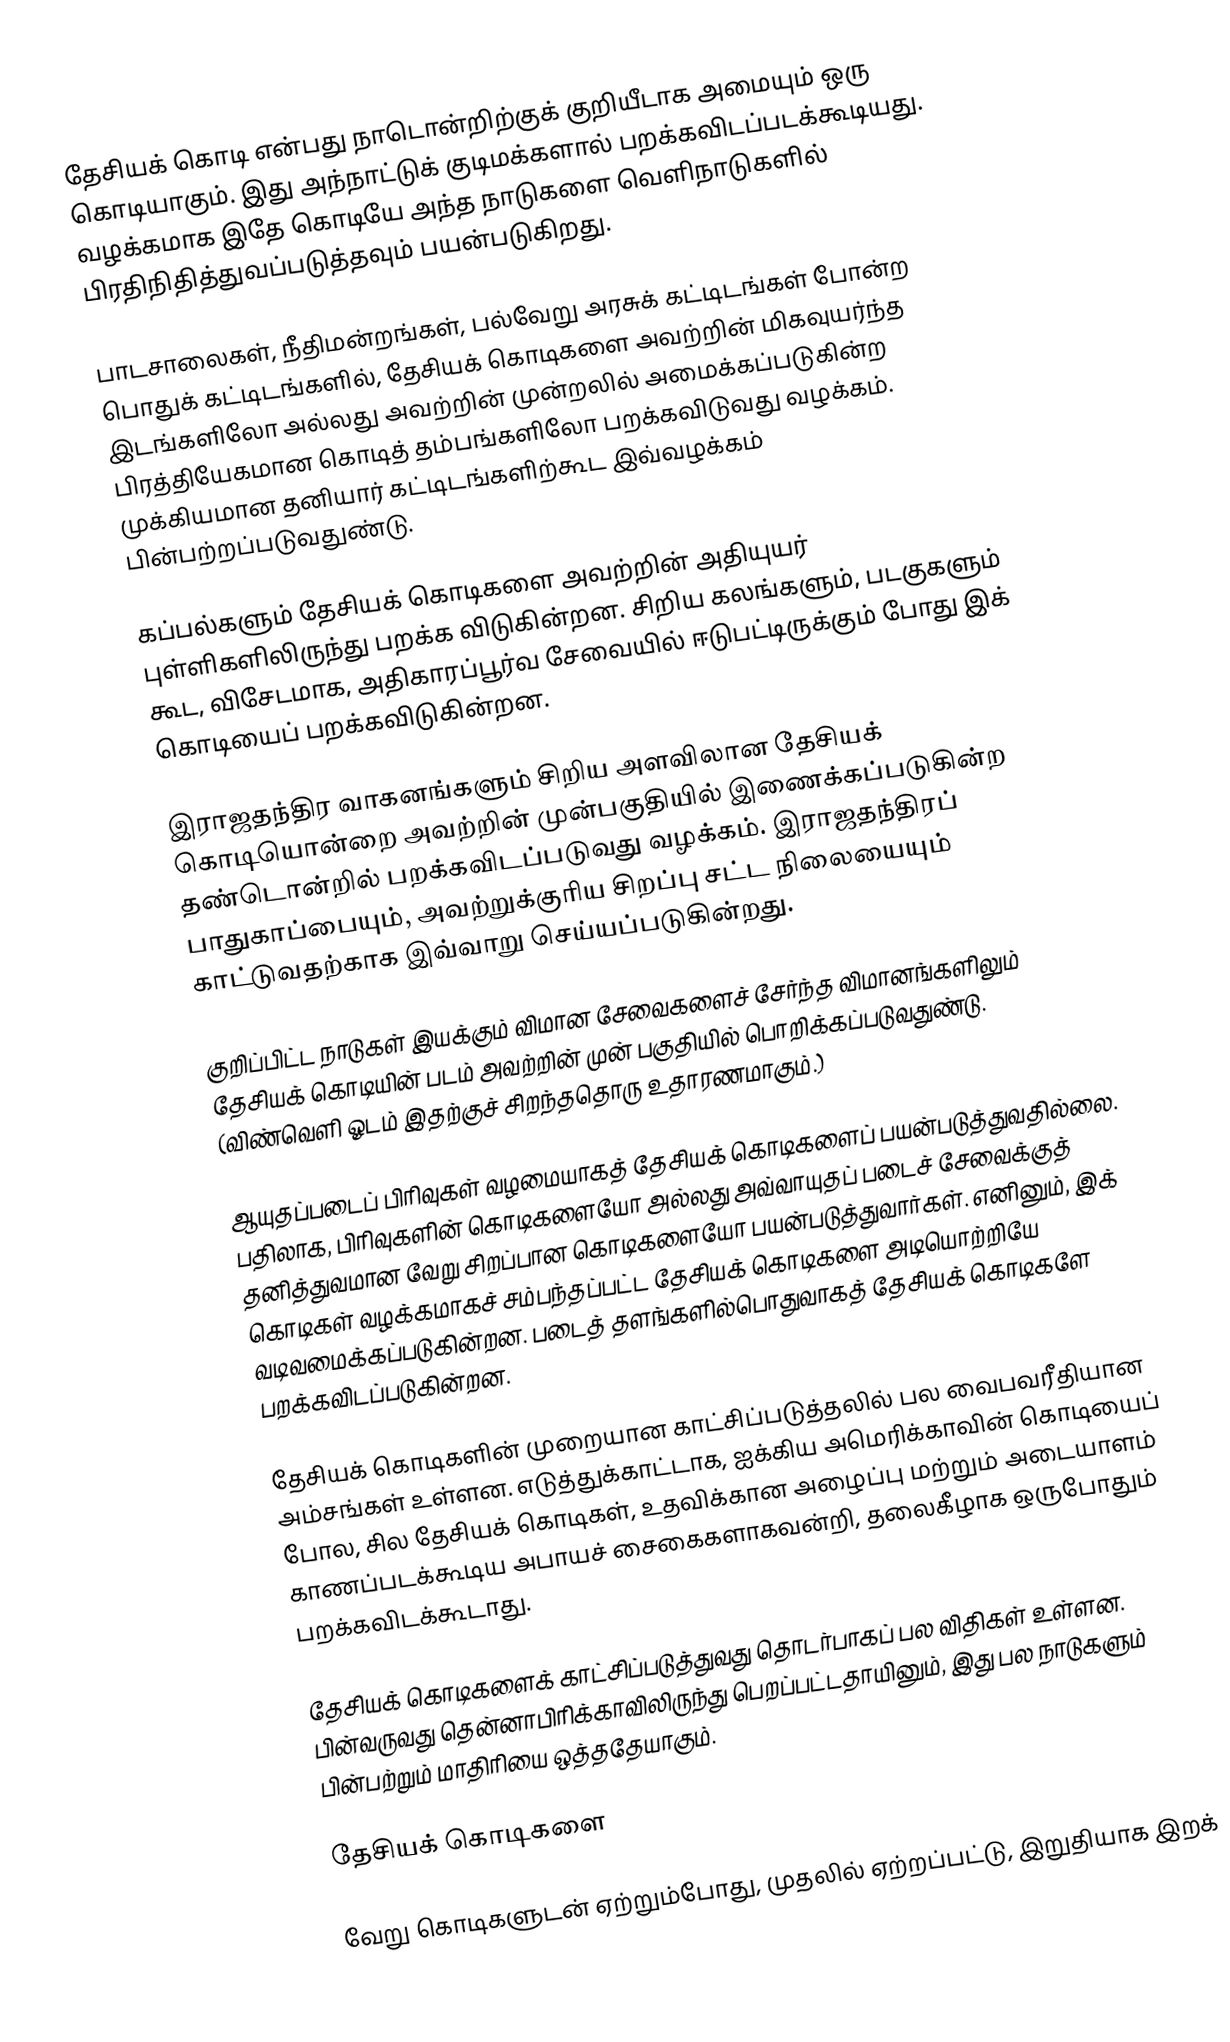
தேசியக் கொடி என்பது நாடொன்றிற்குக் குறியீடாக அமையும் ஒரு கொடியாகும். இது அந்நாட்டுக் குடிமக்களால் பறக்கவிடப்படக்கூடியது. வழக்கமாக இதே கொடியே அந்த நாடுகளை வெளிநாடுகளில் பிரதிநிதித்துவப்படுத்தவும் பயன்படுகிறது.

பாடசாலைகள், நீதிமன்றங்கள், பல்வேறு அரசுக் கட்டிடங்கள் போன்ற பொதுக் கட்டிடங்களில், தேசியக் கொடிகளை அவற்றின் மிகவுயர்ந்த இடங்களிலோ அல்லது அவற்றின் முன்றலில் அமைக்கப்படுகின்ற பிரத்தியேகமான கொடித் தம்பங்களிலோ பறக்கவிடுவது வழக்கம். முக்கியமான தனியார் கட்டிடங்களிற்கூட இவ்வழக்கம் பின்பற்றப்படுவதுண்டு.

கப்பல்களும் தேசியக் கொடிகளை அவற்றின் அதியுயர் புள்ளிகளிலிருந்து பறக்க விடுகின்றன. சிறிய கலங்களும், படகுகளும் கூட, விசேடமாக, அதிகாரப்பூர்வ சேவையில் ஈடுபட்டிருக்கும் போது இக் கொடியைப் பறக்கவிடுகின்றன.

இராஜதந்திர வாகனங்களும் சிறிய அளவிலான தேசியக் கொடியொன்றை அவற்றின் முன்பகுதியில் இணைக்கப்படுகின்ற தண்டொன்றில் பறக்கவிடப்படுவது வழக்கம். இராஜதந்திரப் பாதுகாப்பையும், அவற்றுக்குரிய சிறப்பு சட்ட நிலையையும் காட்டுவதற்காக இவ்வாறு செய்யப்படுகின்றது.

குறிப்பிட்ட நாடுகள் இயக்கும் விமான சேவைகளைச் சேர்ந்த விமானங்களிலும் தேசியக் கொடியின் படம் அவற்றின் முன் பகுதியில் பொறிக்கப்படுவதுண்டு. (விண்வெளி ஓடம் இதற்குச் சிறந்ததொரு உதாரணமாகும்.)

ஆயுதப்படைப் பிரிவுகள் வழமையாகத் தேசியக் கொடிகளைப் பயன்படுத்துவதில்லை. பதிலாக, பிரிவுகளின் கொடிகளையோ அல்லது அவ்வாயுதப் படைச் சேவைக்குத் தனித்துவமான வேறு சிறப்பான கொடிகளையோ பயன்படுத்துவார்கள். எனினும், இக் கொடிகள் வழக்கமாகச் சம்பந்தப்பட்ட தேசியக் கொடிகளை அடியொற்றியே வடிவமைக்கப்படுகின்றன. படைத் தளங்களில்பொதுவாகத் தேசியக் கொடிகளே பறக்கவிடப்படுகின்றன.

தேசியக் கொடிகளின் முறையான காட்சிப்படுத்தலில் பல வைபவரீதியான அம்சங்கள் உள்ளன. எடுத்துக்காட்டாக, ஐக்கிய அமெரிக்காவின் கொடியைப் போல, சில தேசியக் கொடிகள், உதவிக்கான அழைப்பு மற்றும் அடையாளம் காணப்படக்கூடிய அபாயச் சைகைகளாகவன்றி, தலைகீழாக ஒருபோதும் பறக்கவிடக்கூடாது.

தேசியக் கொடிகளைக் காட்சிப்படுத்துவது தொடர்பாகப் பல விதிகள் உள்ளன. பின்வருவது தென்னாபிரிக்காவிலிருந்து பெறப்பட்டதாயினும், இது பல நாடுகளும் பின்பற்றும் மாதிரியை ஒத்ததேயாகும்.

தேசியக் கொடிகளை

வேறு கொடிகளுடன் ஏற்றும்போது, முதலில் ஏற்றப்பட்டு, இறுதியாக இறக்